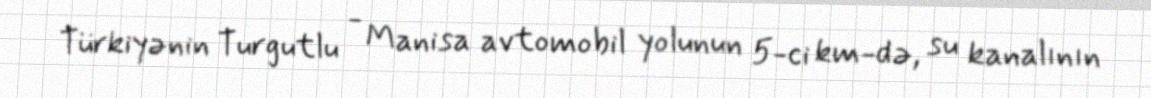
Türkiyənin Turgutlu - Manisa avtomobil yolunun 5-ci km-də, su kanalının